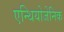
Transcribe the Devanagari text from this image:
एन्थियोजेनिक